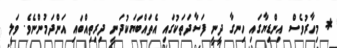
* މިހާރުވެސް އިންޑިޔާގައި ހިނގާ ދީނީ ފަސާދަތަކުގައި އެތައްބަޔަކުދަނީ ދިރިތިއްބައި އަންދަމުންނެވެ. ވަލީ